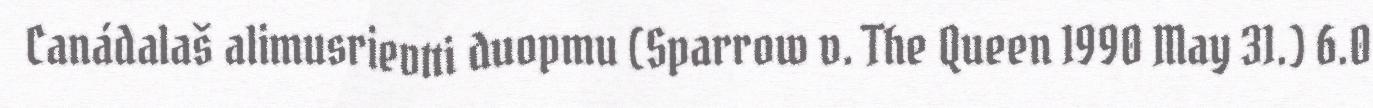
Canádalaš alimusrievtti duopmu (Sparrow v. The Queen 1990 May 31.) 6.0